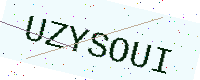
Text: UZYSOUI